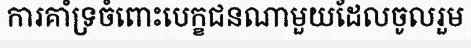
ការគាំទ្រចំពោះបេក្ខជនណាមួយដែលចូលរួម